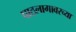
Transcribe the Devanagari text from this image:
पाठलागावरच्या